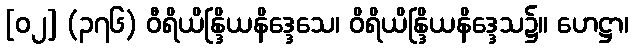
[၀၂] (၃၇၆) ဝီရိယိန္ဒြိယနိဒ္ဒေသေ၊ ဝိရိယိန္ဒြိယနိဒ္ဒေသ၌။ ဟေဋ္ဌာ၊